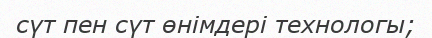
сүт пен сүт өнімдері технологы;